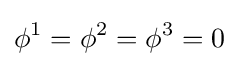
\phi ^{1}=\phi ^{2}=\phi ^{3}=0